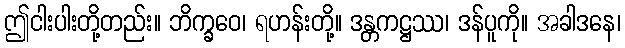
ဤငါးပါးတို့တည်း။ ဘိက္ခဝေ၊ ရဟန်းတို့။ ဒန္တကဋ္ဌဿ၊ ဒန်ပူကို။ အခါဒနေ၊